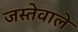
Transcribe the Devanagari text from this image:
जस्तेवाले